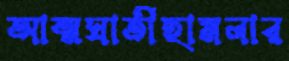
আত্মঘাতীহামলার